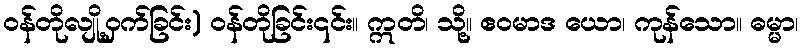
ဝန်တိုလျို့ဝှက်ခြင်း) ဝန်တိုခြင်း၎င်း။ ဣတိ၊ သို့။ ဧဝမာဒ ယော၊ ကုန်သော။ ဓမ္မာ၊